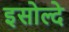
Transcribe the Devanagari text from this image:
इसोल्दे